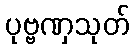
ပုဗ္ဗဏှသုတ်